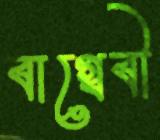
বাগ্‌দেবী